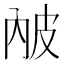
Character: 𤿏